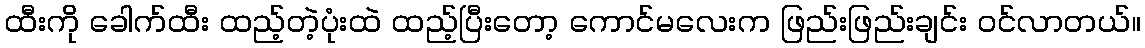
ထီးကို ခေါက်ထီး ထည့်တဲ့ပုံးထဲ ထည့်ပြီးတော့ ကောင်မလေးက ဖြည်းဖြည်းချင်း ဝင်လာတယ်။